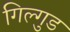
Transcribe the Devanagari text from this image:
गिल्गुड